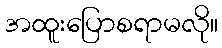
အထူးပြောစရာမလို။